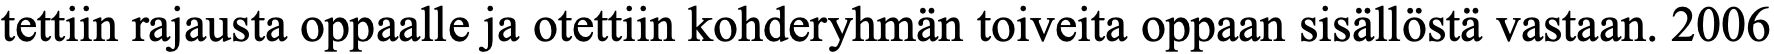
tettiin rajausta oppaalle ja otettiin kohderyhmän toiveita oppaan sisällöstä vastaan. 2006